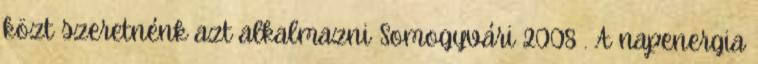
közt szeretnénk azt alkalmazni Somogyvári 2008 . A napenergia